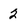
Character: 2